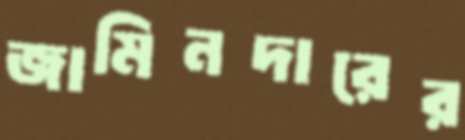
জামিনদারের